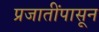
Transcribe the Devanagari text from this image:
प्रजातींपासून